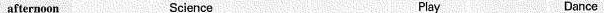
afternoon Science Play Dance